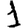
Digit: 1